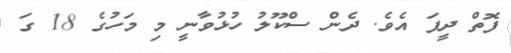
ފޮތް ދީފަ އެވެ. ދެން ސްކޫލު ހުޅުވާނީ މި މަހުގެ 18 ގަ